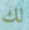
لك